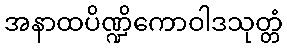
အနာထပိဏ္ဍိကောဝါဒသုတ္တံ